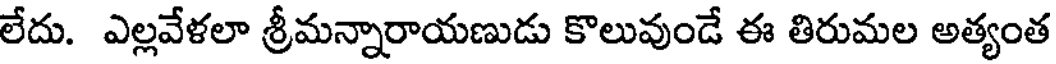
లేదు. ఎల్లవేళలా శ్రీమన్నారాయణుడు కొలువుండే ఈ తిరుమల అత్యంత